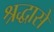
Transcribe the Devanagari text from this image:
श्रद्धासे